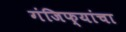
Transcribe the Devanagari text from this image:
गंजिफ्यांचा